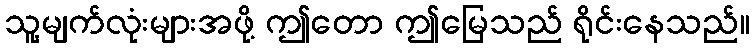
သူ့မျက်လုံးများအဖို့ ဤတော ဤမြေသည် ရိုင်းနေသည်။